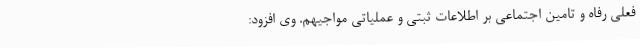
فعلی رفاه و تامین اجتماعی بر اطلاعات ثبتی و عملیاتی مواجیهم. وی افزود: